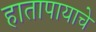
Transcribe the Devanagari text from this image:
हातापायाचे